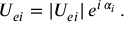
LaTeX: U _ { e i } = | U _ { e i } | \, e ^ { i \, \alpha _ { i } } \, .